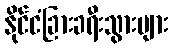
နိုင်ငံခြားခရီးသွားများ